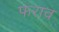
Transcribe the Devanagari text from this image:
फराव